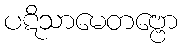
ပဋိသာမေတဗ္ဗော